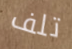
تلف